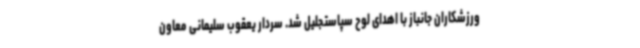
ورزشکاران جانباز با اهدای لوح سپاستجلیل شد. سردار یعقوب سلیمانی معاون